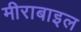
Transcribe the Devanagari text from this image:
मीराबाइल